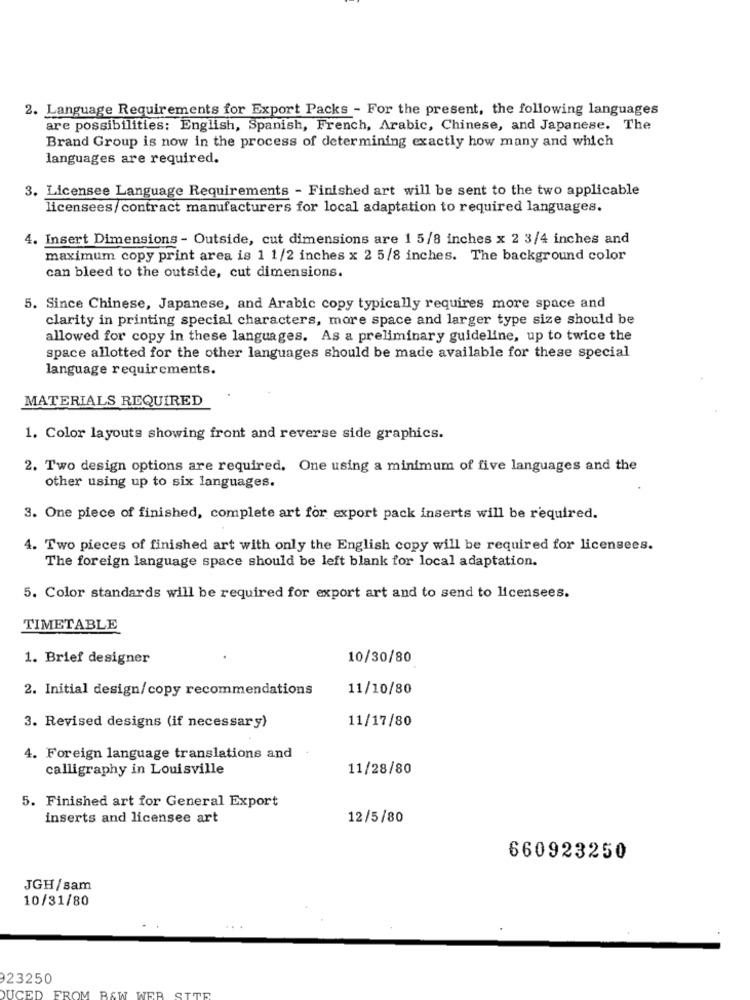
2. Language Requirements for Export Packs - For the present, the following languages
are possibilities: English, Spanish, French, Arabic, Chinese, and Japanese. The
Brand Group is now in the process of determining exactly how many and which
languages are required.
3. Licensee Language Requirements - Finished art will be sent to the two applicable
licensees/contract manufacturers for local adaptation to required languages.
4. Insert Dimensions - Outside, cut dimensions are 1 5/8 inches x 2 3/4 inches and
maximum copy print area is 1 1/2 inches x 2 5/8 inches. The background color
can bleed to the outside, cut dimensions.
5. Since Chinese, Japanese, and Arabic copy typically requires more space and
clarity in printing special characters, more space and larger type size should be
allowed for copy in these languages. As a preliminary guideline, up to twice the
space allotted for the other languages should be made available for these special
language requirements.
MATERIALS REQUIRED
1. Color layouts showing front and reverse side graphics.
2. Two design options are required. One using a minimum of five languages and the
other using up to six languages.
3. One piece of finished, complete art for export pack inserts will be required.
4. Two pieces of finished art with only the English copy will be required for licensees.
The foreign language space should be left blank for local adaptation.
5. Color standards will be required for export art and to send to licensees.
TIMETABLE
1. Brief designer
10/30/80
2. Initial design/copy recommendations
11/10/80
11/17/80
3. Revised designs (if necessary)
4. Foreign language translations and
calligraphy in Louisville
11/28/80
5. Finished art for General Export
inserts and licensee art
12/5/80
660923250
JGH/sam
10/31/80
23250
DUCED
FROM RAW WER